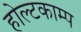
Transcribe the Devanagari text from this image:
होल्टकाम्प